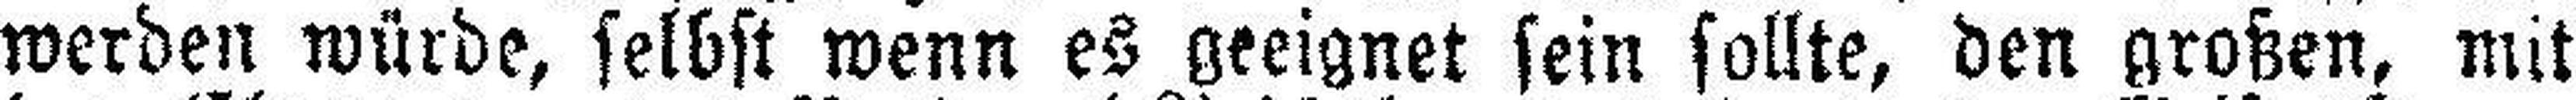
werden würde, selbst wenn es geeignet sein sollte, den großen, mit